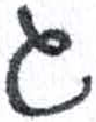
אות: ג